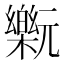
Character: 𰙂